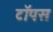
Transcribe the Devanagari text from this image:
टॉपस